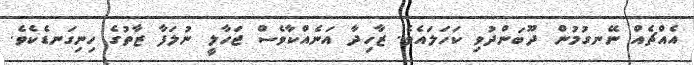
އެއްޗެއް ނޭނގުމުން ދޫބަންދުވި ކަހަލައެވެ. ޒާހިދާ އަނެއްކާވެސް ޖަހާލީ ނުލަފާ ޒާތުގެ ހިނިގަނޑެކެވެ.